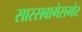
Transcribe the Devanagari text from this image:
सारसबागेसमोर